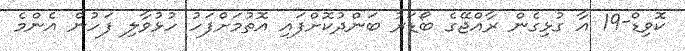
ކޮވިޑް-19 އާ ގުޅިގެން ރާއްޖޭގެ ބޯޑަރު ބަންދުކޮށްފައި އޮތުމަށްފަހު ހުޅުވާލި ފަހުން އެންމެ